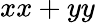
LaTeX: xx+yy